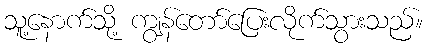
သူ့နောက်သို့ ကျွန်တော်ပြေးလိုက်သွားသည်။